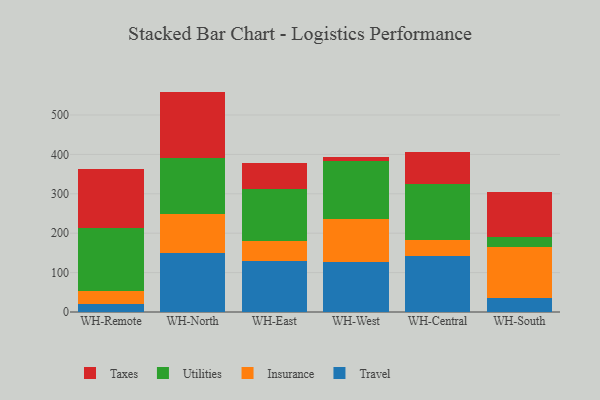
{"axis": {"x": "Warehouse", "y": "Satisfaction Score"}, "legend": ["Insurance", "Taxes", "Travel", "Utilities"], "data": [{"x": "WH-Remote", "y": 19.9, "type": "Travel"}, {"x": "WH-Remote", "y": 34.1, "type": "Insurance"}, {"x": "WH-Remote", "y": 159.9, "type": "Utilities"}, {"x": "WH-Remote", "y": 149.4, "type": "Taxes"}, {"x": "WH-North", "y": 149.4, "type": "Travel"}, {"x": "WH-North", "y": 100.2, "type": "Insurance"}, {"x": "WH-North", "y": 141.0, "type": "Utilities"}, {"x": "WH-North", "y": 168.8, "type": "Taxes"}, {"x": "WH-East", "y": 128.4, "type": "Travel"}, {"x": "WH-East", "y": 50.9, "type": "Insurance"}, {"x": "WH-East", "y": 131.7, "type": "Utilities"}, {"x": "WH-East", "y": 68.2, "type": "Taxes"}, {"x": "WH-West", "y": 126.7, "type": "Travel"}, {"x": "WH-West", "y": 109.7, "type": "Insurance"}, {"x": "WH-West", "y": 147.1, "type": "Utilities"}, {"x": "WH-West", "y": 10.2, "type": "Taxes"}, {"x": "WH-Central", "y": 141.4, "type": "Travel"}, {"x": "WH-Central", "y": 41.4, "type": "Insurance"}, {"x": "WH-Central", "y": 143.3, "type": "Utilities"}, {"x": "WH-Central", "y": 79.0, "type": "Taxes"}, {"x": "WH-South", "y": 36.2, "type": "Travel"}, {"x": "WH-South", "y": 129.8, "type": "Insurance"}, {"x": "WH-South", "y": 25.3, "type": "Utilities"}, {"x": "WH-South", "y": 114.0, "type": "Taxes"}]}